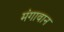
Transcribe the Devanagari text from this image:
मंगावान